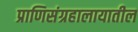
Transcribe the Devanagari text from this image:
प्राणिसंग्रहालायातील